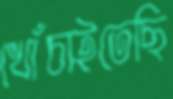
খোঁচাইতেছি